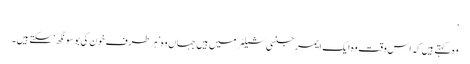
‘
وہ کہتے ہیں کہ اس وقت وہ ایک ایمرجنسی شیلٹر میں ہیں جہاں وہ ’ہر طرف خون کی بو سونگھ‘ سکتے ہیں۔